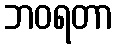
ဘဝရတာ